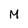
Character: M